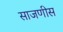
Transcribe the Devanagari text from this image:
साजणीस